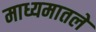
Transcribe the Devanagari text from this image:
माध्यमातले